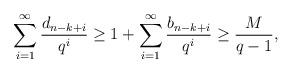
LaTeX: \begin{align*}\sum_{i=1}^{\infty} \frac{d_{n-k+i}}{q^i} \geq1+ \sum_{i=1}^{\infty} \frac{b_{n-k+i}}{q^i} \geq \frac{M}{q-1},\end{align*}